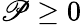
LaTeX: \mathscr{P}\geq0